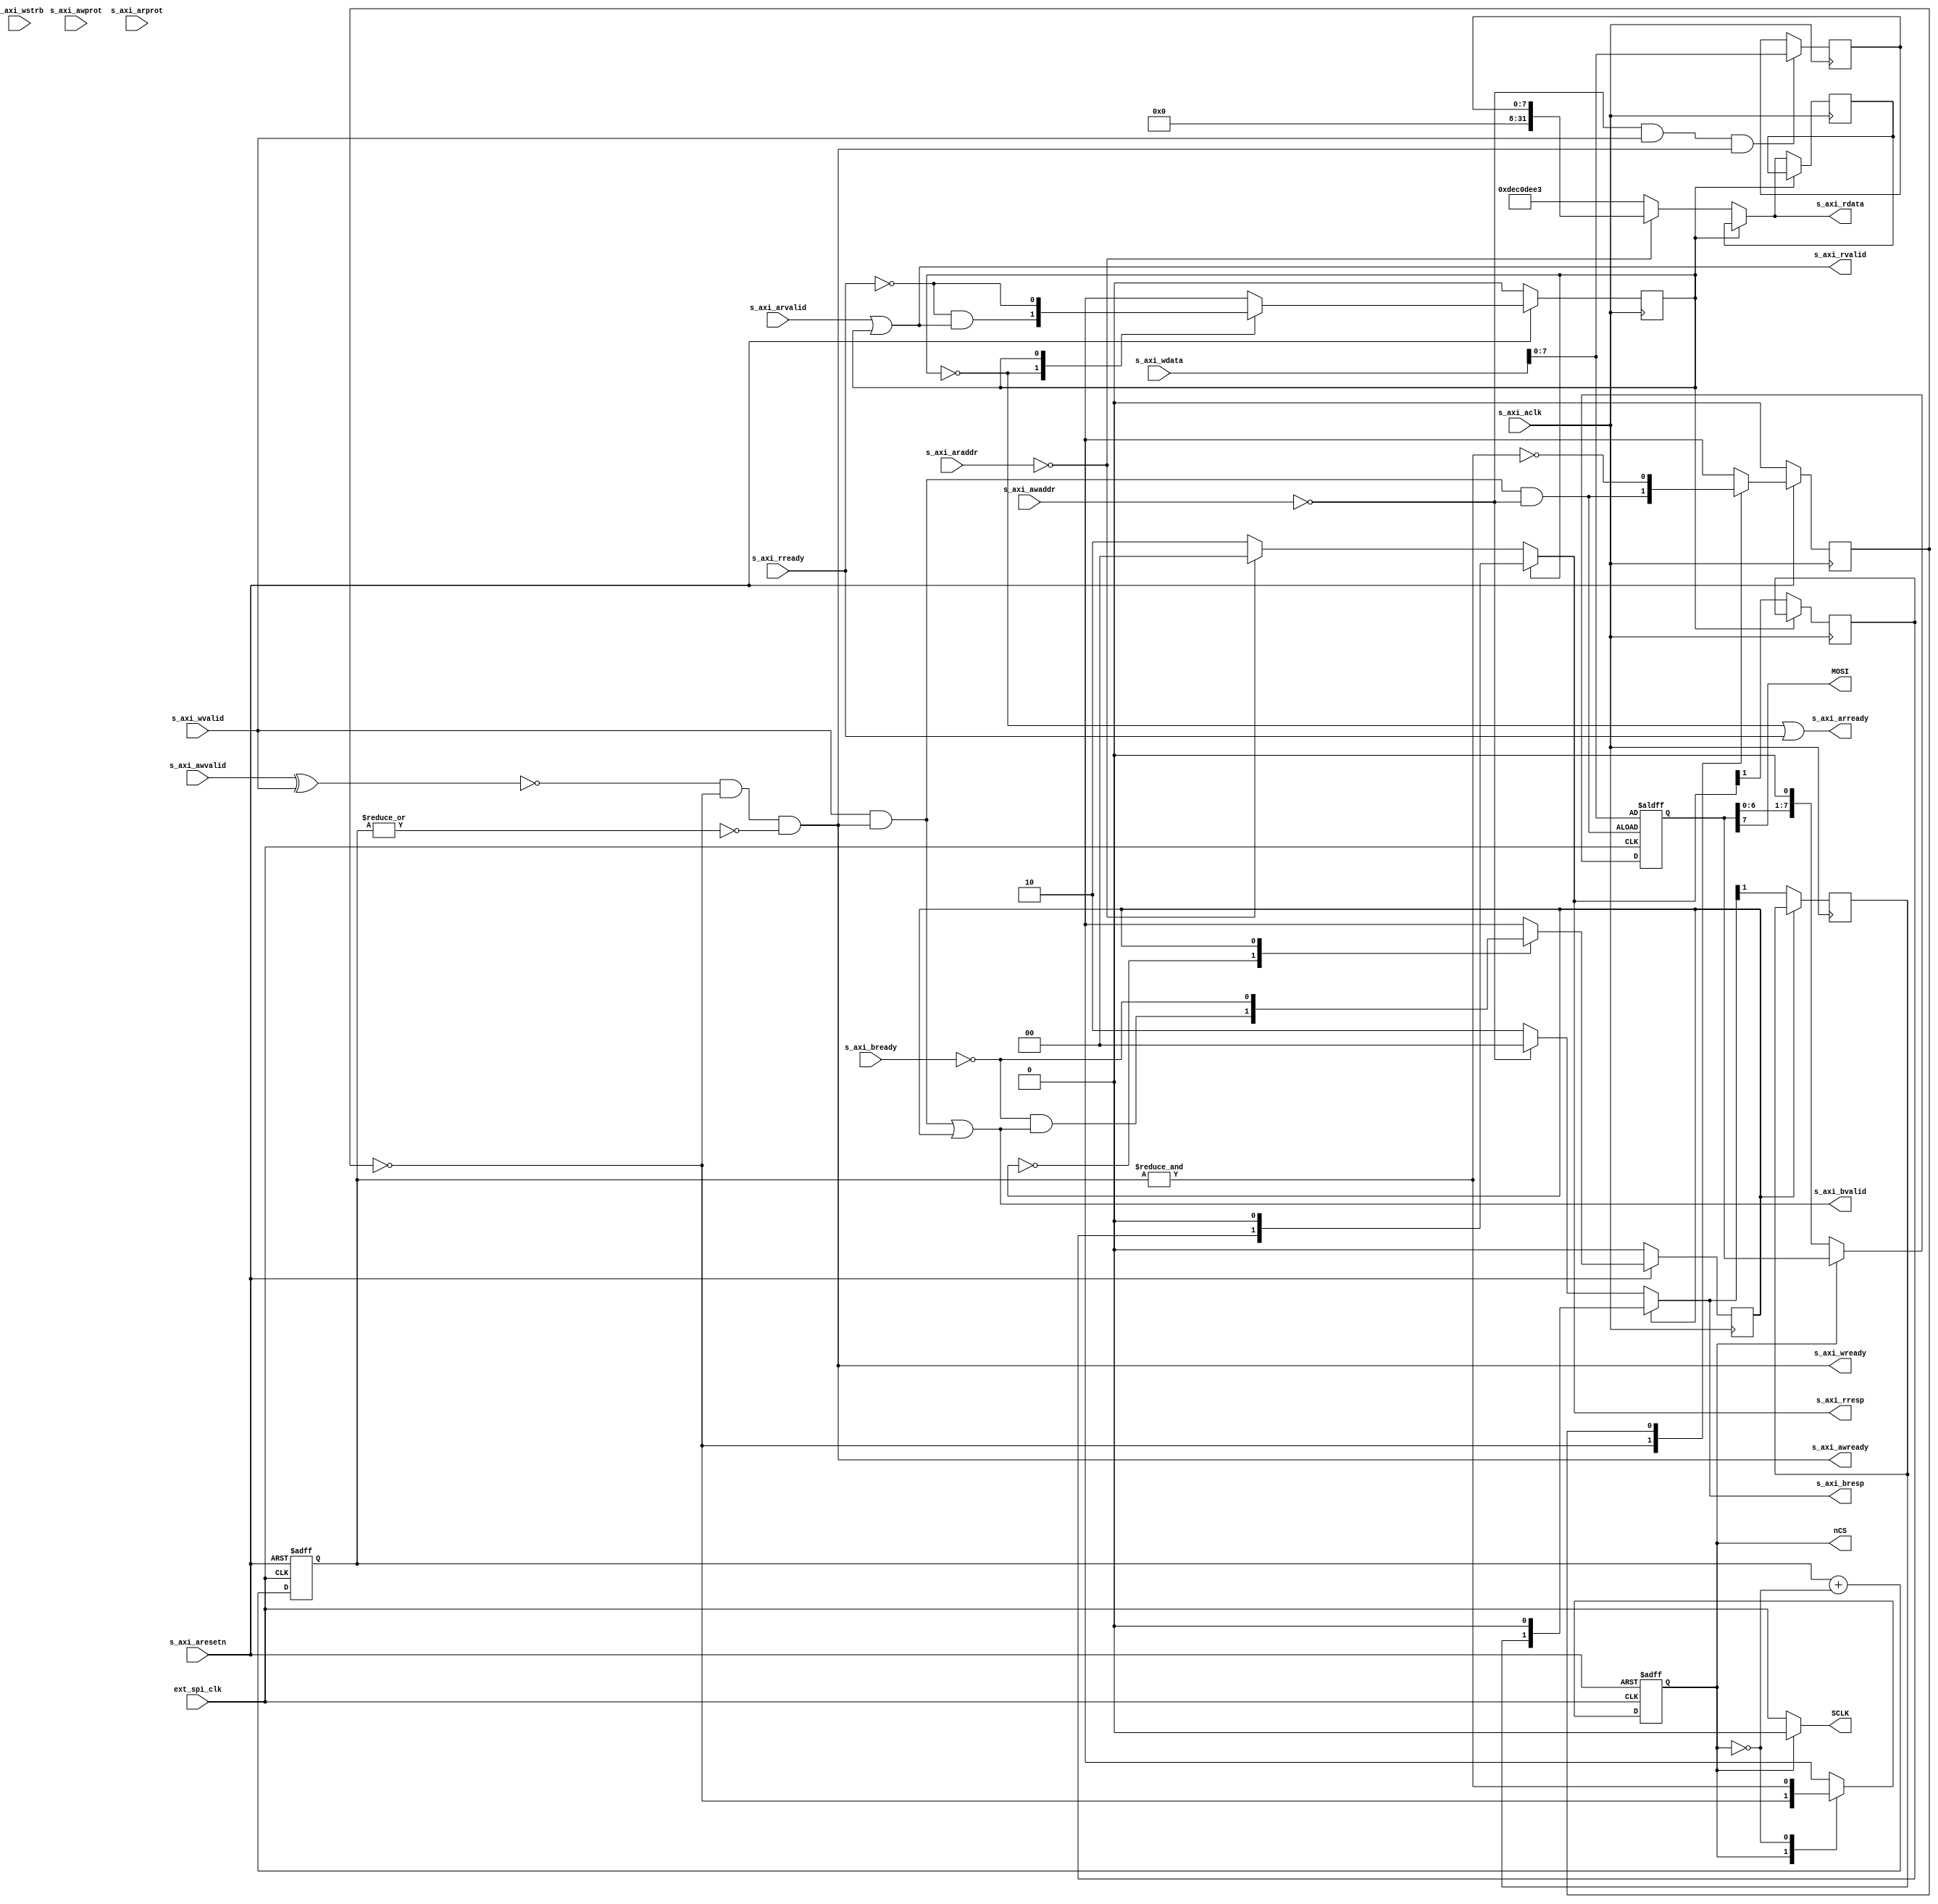
`timescale 1 ns / 1 ps
/* ------------------------------------------------ *
 * Title       : Pmod DPOT interface v1.0           *
 * Project     : Pmod DPOT interface                *
 * ------------------------------------------------ *
 * Last Edit   : 24/12/2021                         *
 * Licence     : CERN-OHL-W                         *
 * ------------------------------------------------ *
 * Description : AXI Lite interface to communicate  *
 *               with Pmod DPOT (AD5160)            *
 * ------------------------------------------------ *
 * Revisions                                        *
 *     v1      : Inital version                     *
 * ------------------------------------------------ */

  module dpot_v1_0 #(
    parameter C_S_AXI_DATA_WIDTH  = 32,
    parameter C_S_AXI_ADDR_WIDTH  = 4
  )
  (
    // Ports of Axi Slave Bus Interface S_AXI
    input s_axi_aclk,
    input s_axi_aresetn,
    input [C_S_AXI_ADDR_WIDTH-1:0] s_axi_awaddr,
    input [2:0] s_axi_awprot,
    input s_axi_awvalid,
    output s_axi_awready,
    input [C_S_AXI_DATA_WIDTH-1:0] s_axi_wdata,
    input [(C_S_AXI_DATA_WIDTH/8)-1:0] s_axi_wstrb,
    input s_axi_wvalid,
    output s_axi_wready,
    output [1:0] s_axi_bresp,
    output s_axi_bvalid,
    input  s_axi_bready,
    input [C_S_AXI_ADDR_WIDTH-1:0] s_axi_araddr,
    input [2:0] s_axi_arprot,
    input s_axi_arvalid,
    output s_axi_arready,
    output [C_S_AXI_DATA_WIDTH-1:0] s_axi_rdata,
    output [1:0] s_axi_rresp,
    output s_axi_rvalid,
    input s_axi_rready,

    input ext_spi_clk, //SPI clk, max. 25 MHz, < clk

    output MOSI,
    output SCLK,
    output reg nCS
  );
    localparam OxDEC0DEE3 = 3737181923; // this is also used by interconnect when the address doesn't exist
    localparam RES_OKAY = 2'b00,
               RES_ERR  = 2'b10; //Slave error

    reg [7:0] value, buffer; //Storage for new data


    //Addresses
    wire [C_S_AXI_ADDR_WIDTH-1:0] write_address = s_axi_awaddr;
    wire [C_S_AXI_ADDR_WIDTH-1:0]  read_address = s_axi_araddr;
    wire write_address_valid = (write_address == 0);
    wire  read_address_valid = ( read_address == 0);


    assign SCLK = (nCS) ? 1'b0 : ext_spi_clk;
    assign MOSI = buffer[7];

    wire update = s_axi_wvalid & s_axi_wready & write_address_valid;


    //Count Transmitted bits
    reg [2:0] txCounter;
    wire countDone = &txCounter;
    always@(negedge ext_spi_clk or negedge s_axi_aresetn) begin
      if(~s_axi_aresetn) begin
        txCounter <= 3'd0;
      end else begin
        txCounter <= txCounter + {2'b0, ~nCS};
      end
    end


    //Flag to indicate new write op
    reg writingNew;
    always@(posedge s_axi_aclk) begin
      if(~s_axi_aresetn) begin
        writingNew <= 0;
      end else case(writingNew)
        1'b0: writingNew <= update;
        1'b1: writingNew <= ~countDone;
      endcase
    end


    //Shifting and setting buffer
    always@(negedge ext_spi_clk or posedge update) begin
      if(update) begin
        buffer <= s_axi_wdata;
      end else begin
        buffer <= (nCS) ? buffer : (buffer << 1);
      end
    end
    always@(posedge s_axi_aclk) begin
      value <= (write_address_valid & s_axi_wvalid & s_axi_wready) ? s_axi_wdata : value;
    end


    //chip select
    always@(negedge ext_spi_clk or negedge s_axi_aresetn) begin
      if(~s_axi_aresetn) begin
        nCS <= 1'b1;
      end else case(nCS)
        1'b1: nCS <= ~writingNew;
        1'b0: nCS <= countDone;
      endcase
    end
    reg nCS_d;
    wire nCS_posedge = ~nCS_d & nCS;
    always@(posedge s_axi_aclk) begin
      nCS_d <= nCS;
    end


    //AXI Signals
    //Write response
    reg s_axi_bvalid_hold, s_axi_bresp_MSB_hold;
    assign s_axi_bvalid = (s_axi_wvalid & s_axi_wready) | s_axi_bvalid_hold;
    assign s_axi_bresp = (s_axi_bvalid_hold) ? {s_axi_bresp_MSB_hold, 1'b0} :
                       (write_address_valid) ? RES_OKAY : RES_ERR;
    always@(posedge s_axi_aclk) begin
      if(~s_axi_aresetn) begin
        s_axi_bvalid_hold <= 0;
      end else case(s_axi_bvalid_hold)
        1'b0: s_axi_bvalid_hold <= ~s_axi_bready & s_axi_bvalid;
        1'b1: s_axi_bvalid_hold <= ~s_axi_bready;
      endcase
      if(~s_axi_bvalid_hold) begin
        s_axi_bresp_MSB_hold <= s_axi_bresp[1];
      end
    end

    //Write Channel handshake (Data & Addr)
    wire  write_ch_ready = ~(s_axi_awvalid ^ s_axi_wvalid) & ~writingNew & ~|txCounter;
    assign s_axi_awready = write_ch_ready;
    assign s_axi_wready  = write_ch_ready;

    //Read Channel handshake (Addr & data)
    reg s_axi_rvalid_hold; //This will hold read data channel stable until master accepts tx
    assign s_axi_rvalid  =       s_axi_arvalid | s_axi_rvalid_hold;
    assign s_axi_arready = (~s_axi_rvalid_hold | s_axi_rready);
    always@(posedge s_axi_aclk) begin
      if(~s_axi_aresetn) begin
        s_axi_rvalid_hold <= 0;
      end else case(s_axi_rvalid_hold)
        1'b0: s_axi_rvalid_hold <= ~s_axi_rready & s_axi_rvalid;
        1'b1: s_axi_rvalid_hold <= ~s_axi_rready;
      endcase
    end

    //Read response
    reg s_axi_rresp_MSB_hold;
    always@(posedge s_axi_aclk) begin
      if(~s_axi_rvalid_hold) begin
       s_axi_rresp_MSB_hold <= s_axi_rresp[1];
      end
    end
    assign s_axi_rresp = (s_axi_rvalid_hold) ? {s_axi_rresp_MSB_hold, 1'b0} :
                        (read_address_valid) ? RES_OKAY : RES_ERR;
    
    //Read data
    reg [C_S_AXI_DATA_WIDTH-1:0] s_axi_rdata_hold;
    reg [C_S_AXI_DATA_WIDTH-1:0] readReg;
    always@(posedge s_axi_aclk) begin
      if(~s_axi_rvalid_hold) begin
        s_axi_rdata_hold <= s_axi_rdata;
      end
    end
    assign s_axi_rdata = (s_axi_rvalid_hold) ? s_axi_rdata_hold : readReg;
    always@* begin
      readReg = (read_address_valid) ? value : OxDEC0DEE3;
    end
  endmodule